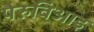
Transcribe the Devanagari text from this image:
पेरुविआइ